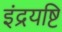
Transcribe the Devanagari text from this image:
इंद्रयष्टि